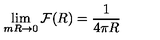
\lim _ { m R \rightarrow 0 } { \cal F } ( R ) = \frac { 1 } { 4 \pi R }